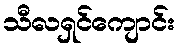
သီလရှင်ကျောင်း